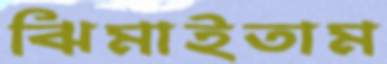
ঝিমাইতাম